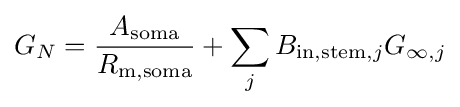
G_{N}={\frac {A_{\mathrm {soma} }}{R_{\mathrm {m,soma} }}}+\sum _{j}B_{\mathrm {in,stem} ,j}G_{\infty ,j}